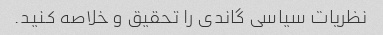
نظریات سیاسی گاندی را تحقیق و خلاصه کنید.